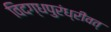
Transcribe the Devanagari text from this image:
विदग्धपुरंध्रीवत्